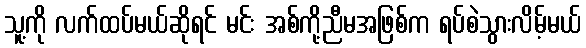
သူ့ကို လက်ထပ်မယ်ဆိုရင် မင်း အစ်ကို့ညီမအဖြစ်က ရပ်စဲသွားလိမ့်မယ်